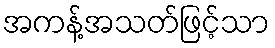
အကန့်အသတ်ဖြင့်သာ